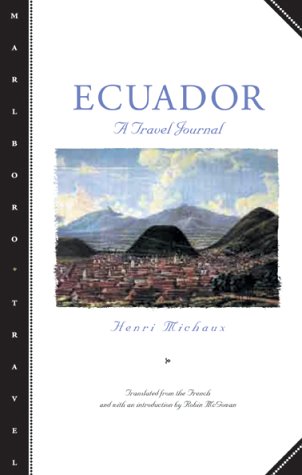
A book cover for Ecuador: A Travel Journal (Marlboro Travel); Henri Michaux; Travel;